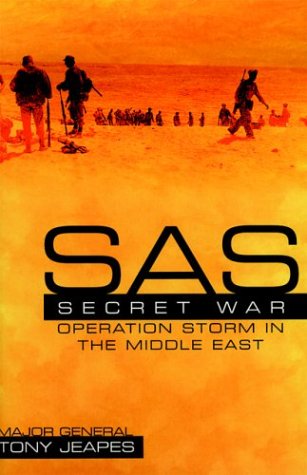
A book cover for SAS: Secret War- Operation Storm in the Middle East; Major General Tony Jeapes CB OBE MC; History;